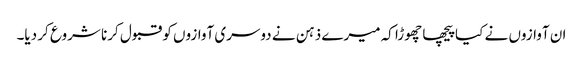
ان آوازوں نے کیا پیچھا چھوڑا کہ میرے ذہن نے دوسری آوازوں کو قبول کرنا شروع کر دیا۔